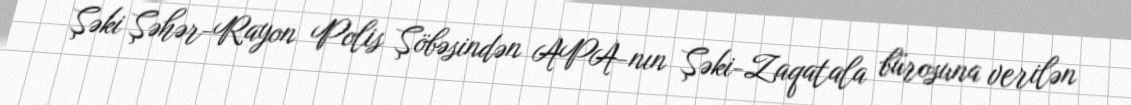
Şəki Şəhər-Rayon Polis Şöbəsindən APA-nın Şəki-Zaqatala bürosuna verilən